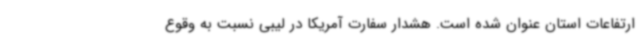
ارتفاعات استان عنوان شده است. هشدار سفارت آمریکا در لیبی نسبت به وقوع